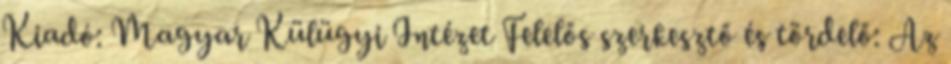
Kiadó: Magyar Külügyi Intézet Felelős szerkesztő és tördelő: Az